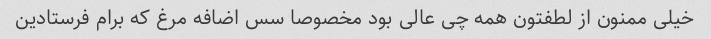
خیلی ممنون از لطفتون همه چی عالی بود مخصوصا سس اضافه مرغ که برام فرستادین